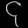
Digit: ၄